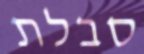
סבלת